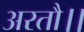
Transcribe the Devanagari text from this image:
अरतौ।।